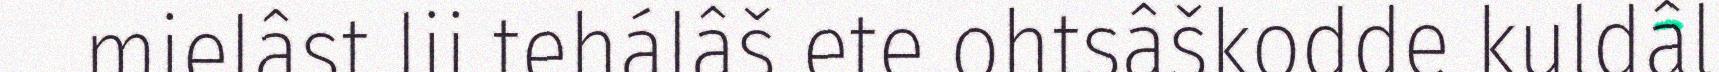
mielâst lii tehálâš ete ohtsâškodde kuldâl